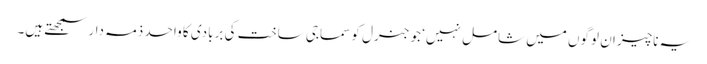
یہ ناچیز ان لوگوں میں شامل نہیں‘ جو جنرل کو سماجی ساخت کی بربادی کا واحد ذمہ دار سمجھتے ہیں۔